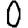
Digit: 0